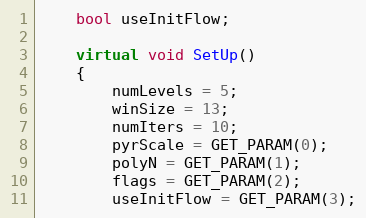
Language: C++
    bool useInitFlow;

    virtual void SetUp()
    {
        numLevels = 5;
        winSize = 13;
        numIters = 10;
        pyrScale = GET_PARAM(0);
        polyN = GET_PARAM(1);
        flags = GET_PARAM(2);
        useInitFlow = GET_PARAM(3);